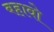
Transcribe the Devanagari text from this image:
बहावो